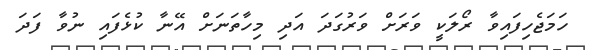
ހަމަޖެހިފައިވާ ރޯލަކީ ވަރަށް ވަރުގަދަ އަދި މިހާތަނަށް އޭނާ ކުޅެފައި ނުވާ ފަދަ